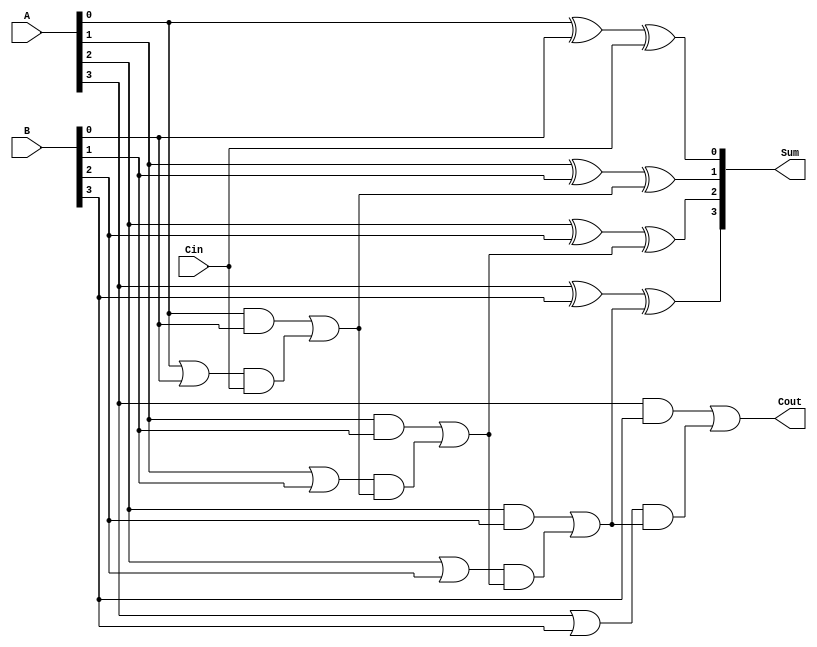
module CarryInLookaheadAdder #(parameter n = 4) (
    input  [n-1:0] A,      // First n-bit input
    input  [n-1:0] B,      // Second n-bit input
    input          Cin,     // Carry In
    output [n-1:0] Sum,     // Sum output
    output         Cout      // Carry Out
);

    wire [n-1:0] G;        // Generate signals
    wire [n-1:0] P;        // Propagate signals
    wire [n:0] C;          // Carry signals

    // Generate and Propagate calculations
    genvar i;
    generate
        for (i = 0; i < n; i = i + 1) begin: gen_prop
            assign G[i] = A[i] & B[i];         // Generate
            assign P[i] = A[i] | B[i];         // Propagate
        end
    endgenerate

    // Carry calculations
    assign C[0] = Cin; // C0 = Cin

    generate
        for (i = 1; i <= n; i = i + 1) begin: carry_calc
            assign C[i] = G[i-1] | (P[i-1] & C[i-1]); // Carry generation
        end
    endgenerate

    // Sum calculation
    generate
        for (i = 0; i < n; i = i + 1) begin: sum_calc
            assign Sum[i] = A[i] ^ B[i] ^ C[i]; // Sum calculation
        end
    endgenerate

    // Final Carry Out
    assign Cout = C[n]; // Cout = Cn

endmodule